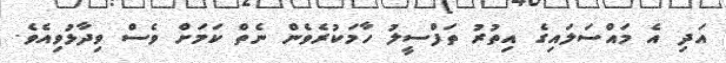
އަދި އެ މައްސަލައިގެ އިތުރު ތަފްސީލު ހާމަކުރެވެން ނެތް ކަމަށް ވެސް ވިދާޅުވިއެވެ.